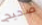
صحيح